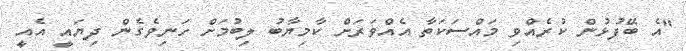
"އެ ބޭފުޅުން ކުރެއްވި މައްސަކަތާ އެއްވަރަށް ކާމިޔާބު ލިބުމަށް ހަނިވެގެން ދިޔައީ އެއީ